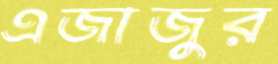
এজাজুর